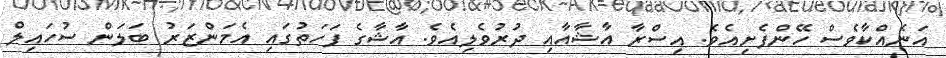
އަނެއްކާވެސް ހޭންފެށިއެވެ. އިސްރާ އާޝާއާއި ދުރުވެލިއެވެ. އާޝާގެ ފަހަތުގައި އެމަންޒަރު ބަލަން ސުހައިލް